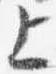
上